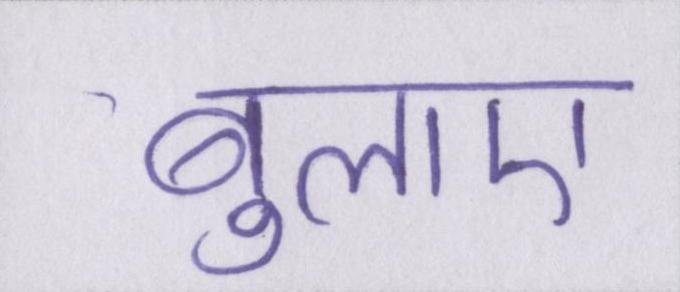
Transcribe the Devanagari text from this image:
बुलाए